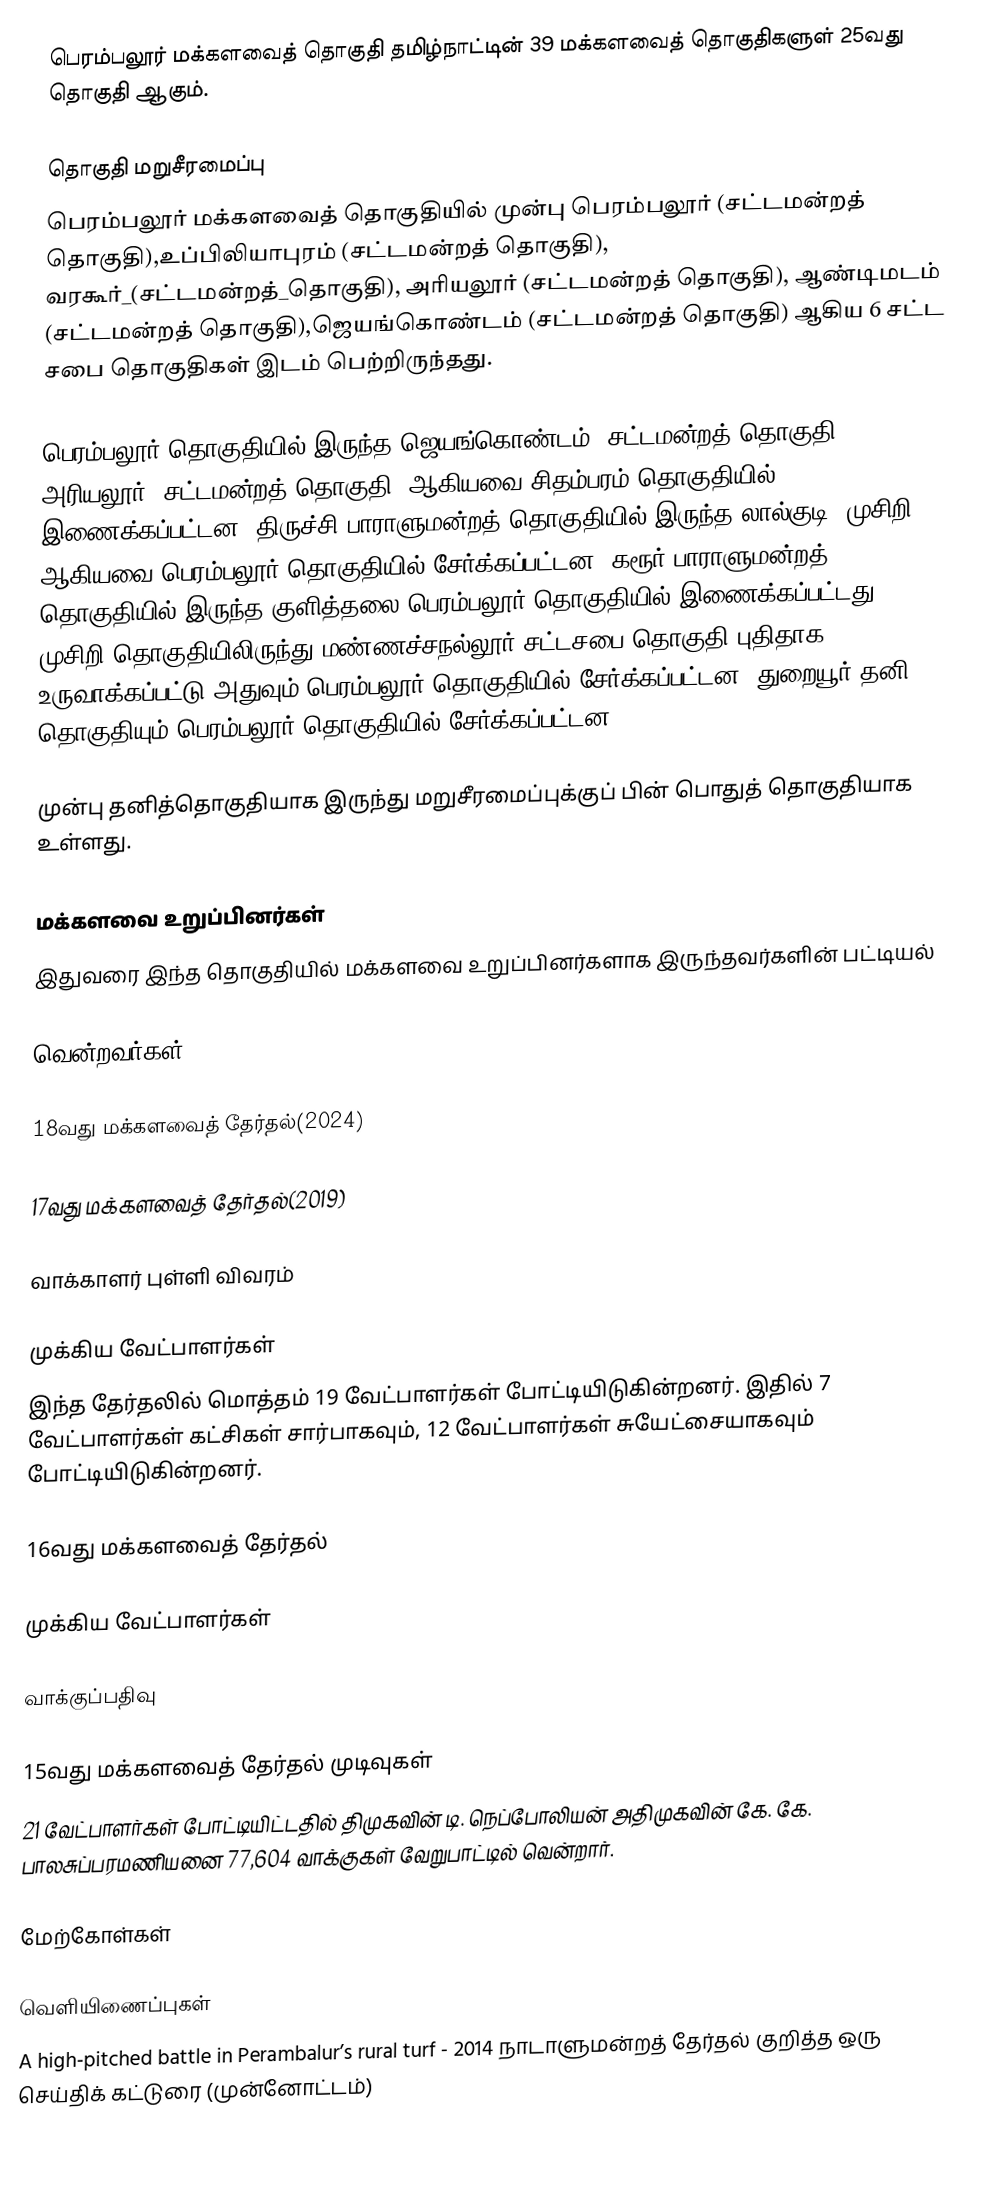
பெரம்பலூர் மக்களவைத் தொகுதி தமிழ்நாட்டின் 39 மக்களவைத் தொகுதிகளுள் 25வது தொகுதி ஆகும்.

தொகுதி மறுசீரமைப்பு
பெரம்பலூர் மக்களவைத் தொகுதியில் முன்பு பெரம்பலூர் (சட்டமன்றத் தொகுதி),உப்பிலியாபுரம் (சட்டமன்றத் தொகுதி), வரகூர்_(சட்டமன்றத்_தொகுதி), அரியலூர் (சட்டமன்றத் தொகுதி), ஆண்டிமடம் (சட்டமன்றத் தொகுதி),ஜெயங்கொண்டம் (சட்டமன்றத் தொகுதி) ஆகிய 6 சட்ட சபை தொகுதிகள் இடம் பெற்றிருந்தது.

பெரம்பலூர் தொகுதியில் இருந்த ஜெயங்கொண்டம் (சட்டமன்றத் தொகுதி) ,  அரியலூர் (சட்டமன்றத் தொகுதி) ஆகியவை சிதம்பரம் தொகுதியில் இணைக்கப்பட்டன. திருச்சி பாராளுமன்றத் தொகுதியில் இருந்த லால்குடி, முசிறி ஆகியவை பெரம்பலூர் தொகுதியில் சேர்க்கப்பட்டன. கரூர் பாராளுமன்றத் தொகுதியில் இருந்த குளித்தலை,பெரம்பலூர் தொகுதியில் இணைக்கப்பட்டது. முசிறி தொகுதியிலிருந்து மண்ணச்சநல்லூர் சட்டசபை தொகுதி புதிதாக உருவாக்கப்பட்டு அதுவும் பெரம்பலூர் தொகுதியில் சேர்க்கப்பட்டன .துறையூர்(தனி) தொகுதியும் பெரம்பலூர் தொகுதியில் சேர்க்கப்பட்டன.

முன்பு தனித்தொகுதியாக இருந்து மறுசீரமைப்புக்குப் பின் பொதுத் தொகுதியாக உள்ளது.

மக்களவை உறுப்பினர்கள்
இதுவரை இந்த தொகுதியில் மக்களவை உறுப்பினர்களாக இருந்தவர்களின் பட்டியல்

வென்றவர்கள்

18வது மக்களவைத் தேர்தல்(2024)

17வது மக்களவைத் தேர்தல்(2019)

வாக்காளர் புள்ளி விவரம்

முக்கிய வேட்பாளர்கள்
இந்த தேர்தலில் மொத்தம் 19 வேட்பாளர்கள் போட்டியிடுகின்றனர். இதில் 7 வேட்பாளர்கள் கட்சிகள் சார்பாகவும், 12 வேட்பாளர்கள் சுயேட்சையாகவும் போட்டியிடுகின்றனர்.

16வது மக்களவைத் தேர்தல்

முக்கிய வேட்பாளர்கள்

வாக்குப்பதிவு

15வது மக்களவைத் தேர்தல் முடிவுகள்
21 வேட்பாளர்கள் போட்டியிட்டதில் திமுகவின் டி. நெப்போலியன் அதிமுகவின் கே. கே. பாலசுப்பரமணியனை 77,604 வாக்குகள் வேறுபாட்டில் வென்றார்.

மேற்கோள்கள்

வெளியிணைப்புகள்
 A high-pitched battle in Perambalur’s rural turf - 2014 நாடாளுமன்றத் தேர்தல் குறித்த ஒரு செய்திக் கட்டுரை (முன்னோட்டம்)